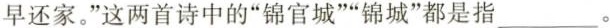
早还家。”这两首诗中的”锦官城””锦城”都是指___。